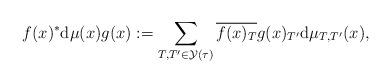
LaTeX: \begin{gather*}f(x) ^{\ast}\mathrm{d}\mu(x) g(x):=\sum\limits_{T,T^{\prime}\in\mathcal{Y}(\tau) }\overline {f(x) _{T}}g(x) _{T^{\prime}}\mathrm{d}\mu_{T,T^{\prime}}(x),\end{gather*}